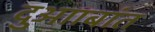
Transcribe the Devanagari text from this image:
दुआाबांत